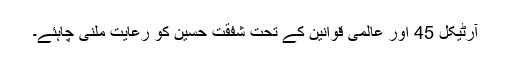
آرٹیکل 45 اور عالمی قوانین کے تحت شفقت حسین کو رعایت ملنی چاہئے۔